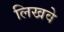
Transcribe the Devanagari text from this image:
लिखवे